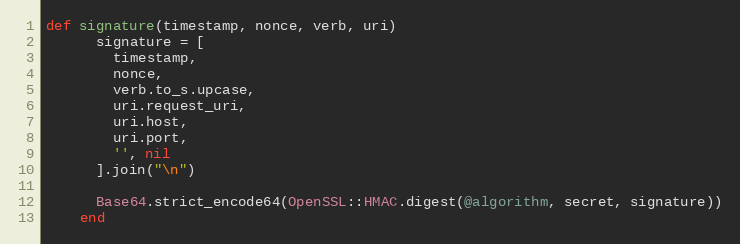
Language: Ruby
def signature(timestamp, nonce, verb, uri)
      signature = [
        timestamp,
        nonce,
        verb.to_s.upcase,
        uri.request_uri,
        uri.host,
        uri.port,
        '', nil
      ].join("\n")

      Base64.strict_encode64(OpenSSL::HMAC.digest(@algorithm, secret, signature))
    end